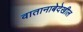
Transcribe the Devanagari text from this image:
वातानाबेदेखील